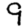
Digit: 9